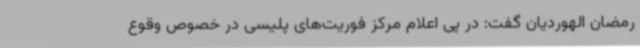
رمضان الهوردیان گفت: در پی اعلام مرکز فوریت‌های پلیسی در خصوص وقوع